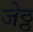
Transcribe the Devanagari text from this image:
जेठ्ठ